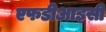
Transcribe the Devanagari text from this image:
एफडीआइसी